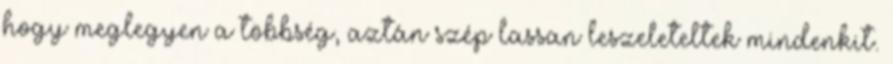
hogy meglegyen a többség, aztán szép lassan leszeleteltek mindenkit.